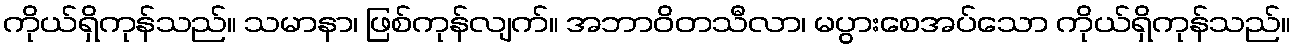
ကိုယ်ရှိကုန်သည်။ သမာနာ၊ ဖြစ်ကုန်လျက်။ အဘာဝိတသီလာ၊ မပွားစေအပ်သော ကိုယ်ရှိကုန်သည်။